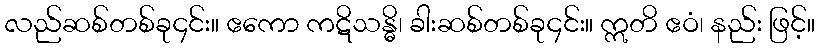
လည်ဆစ်တစ်ခု၄င်း။ ဧကော ကဋိသန္ဓိ၊ ခါးဆစ်တစ်ခု၄င်း။ ဣတိ ဧဝံ၊ နည်း ဖြင့်။